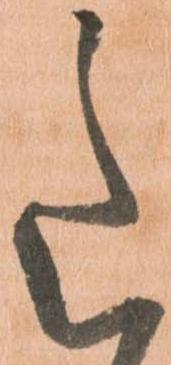
意